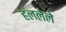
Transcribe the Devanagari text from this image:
हललेले